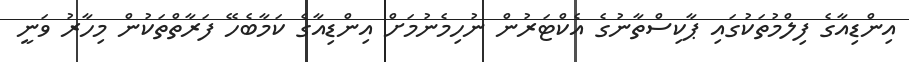
އިންޑިއާގެ ފިލްމުތަކުގައި ޕާކިސްތާނުގެ އެކްޓަރުން ނުހިމެނުމަށް އިންޑިއާގެ ކަމާބެހޭ ފަރާތްތަކުން މިހާރު ވަނީ